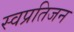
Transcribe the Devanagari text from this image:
स्वप्रतिजन